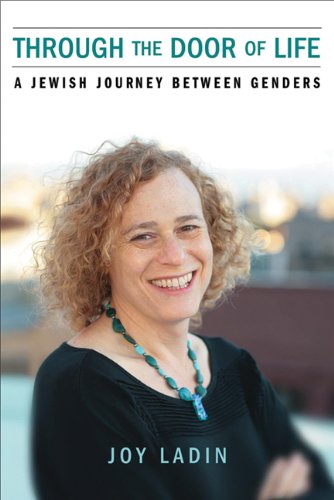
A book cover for Through the Door of Life: A Jewish Journey between Genders (Living Out: Gay and Lesbian Autobiog); Joy Ladin; Gay & Lesbian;